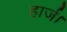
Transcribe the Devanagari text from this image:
हार्ज।